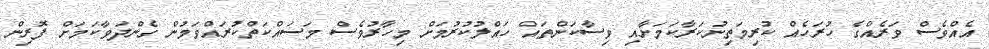
އެއްވެސް ވަރެއްގެ ހުރަހެއް ކުރިމަތިނުކަރާކަމަށާއި ވިސާކަންތައް ހައްލުކުރުމަށް މިހާރުވެސް މަސައްކަތްކުރައްވަމުން ގެންދަވާކަމަށް ފޮރިން